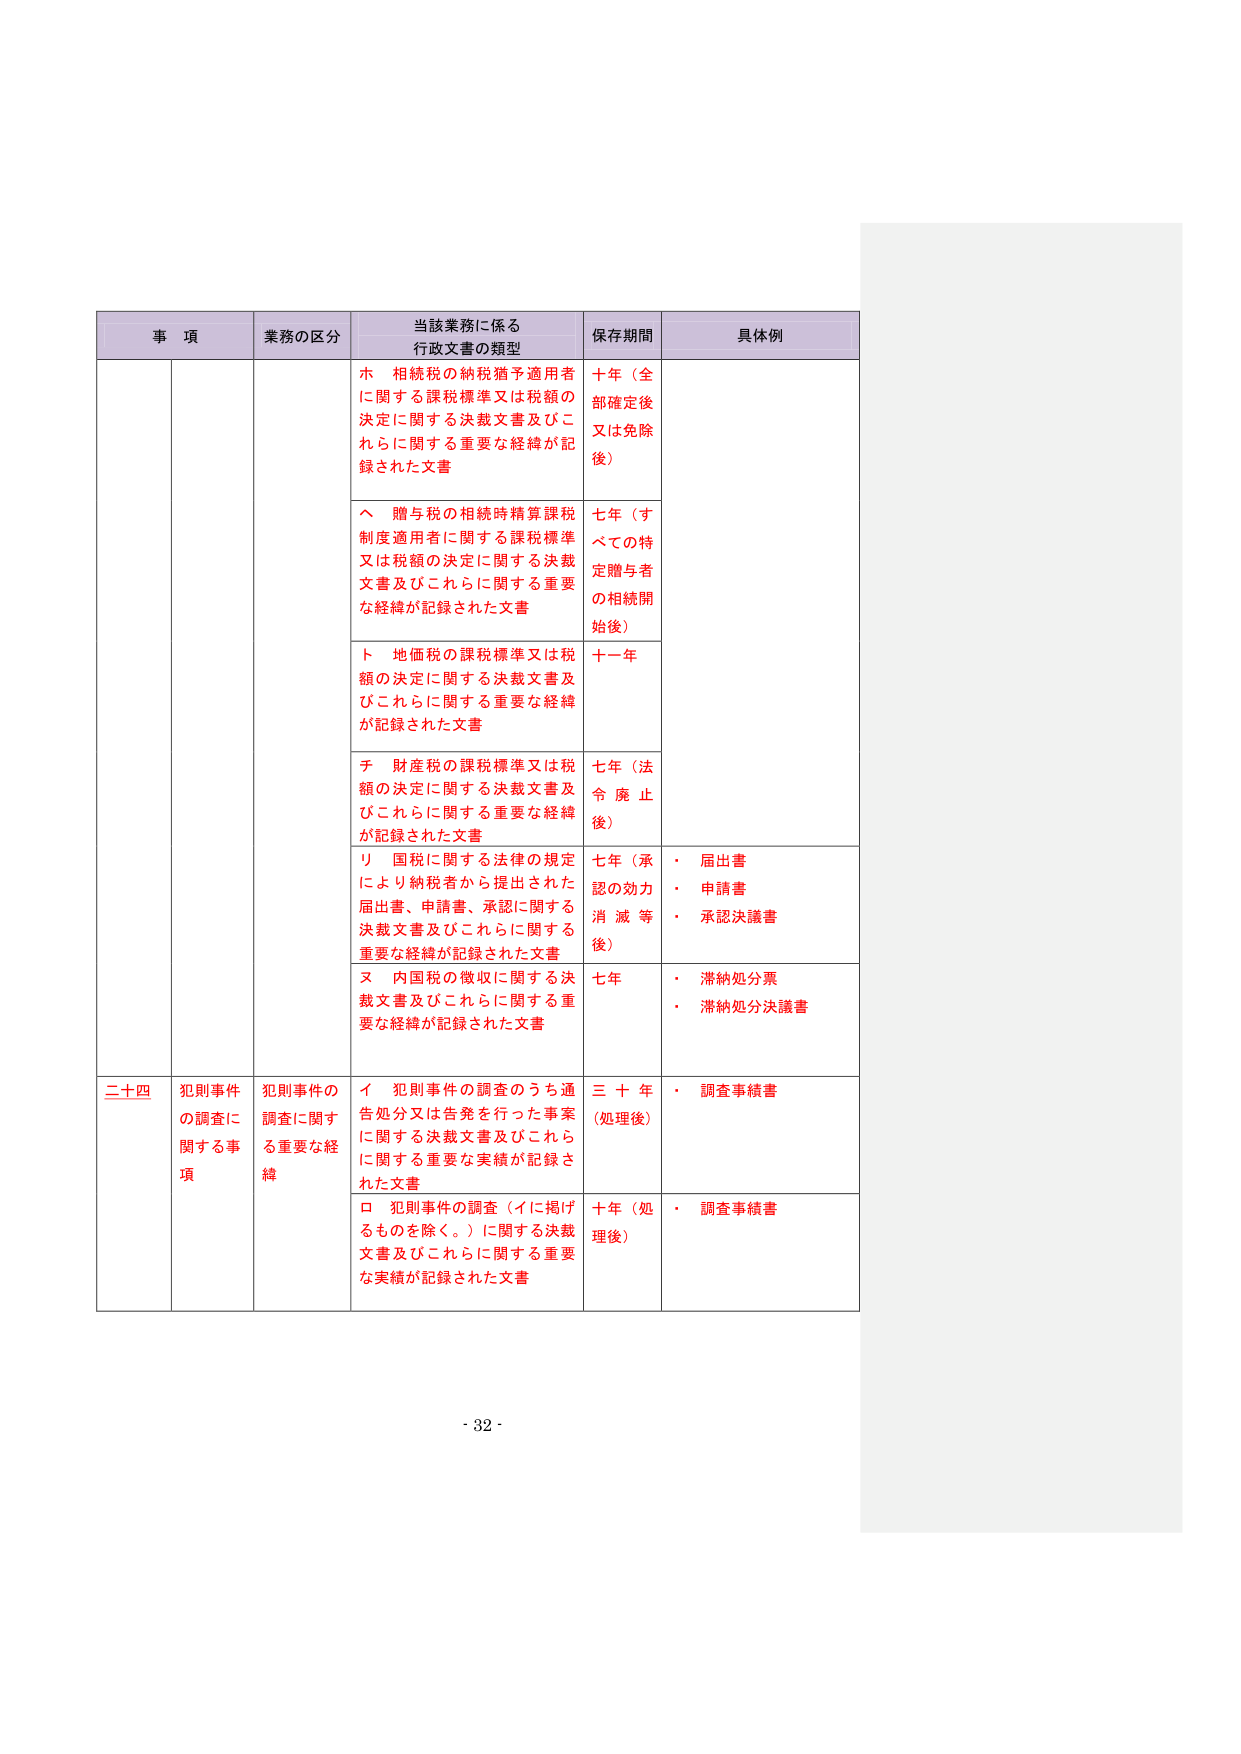
事 項 業務の区分 当該業務に係る 行政文書の類型 保存期間 具体例 ホ 相続税の納税猶予適用者 に関する課税標準又は税額の 決定に関する決裁文書及びこ れらに関する重要な経緯が記 録された文書 十年（全 部確定後 又は免除 後） ヘ 贈与税の相続時精算課税 制度適用者に関する課税標準 又は税額の決定に関する決裁 文書及びこれらに関する重要 な経緯が記録された文書 七年（す べての特 定贈与者 の相続開 始後） ト 地価税の課税標準又は税 額の決定に関する決裁文書及 びこれらに関する重要な経緯 が記録された文書 十一年 チ 財産税の課税標準又は税 額の決定に関する決裁文書及 びこれらに関する重要な経緯 が記録された文書 七年（法 令 廃 止 後） リ 国税に関する法律の規定 により納税者から提出された 届出書、申請書、承認に関する 決裁文書及びこれらに関する 重要な経緯が記録された文書 七年（承 認の効力 消 滅 等 後） ・ 届出書 ・ 申請書 ・ 承認決議書 ヌ 内国税の徴収に関する決 裁文書及びこれらに関する重 要な経緯が記録された文書 七年 ・ 滞納処分票 ・ 滞納処分決議書 二十四 犯則事件 の調査に 関する事 項 犯則事件の 調査に関す る重要な経 緯 イ 犯則事件の調査のうち通 告処分又は告発を行った事案 に関する決裁文書及びこれら に関する重要な実績が記録さ れた文書 三 十 年 （処理後） ・ 調査事績書 ロ 犯則事件の調査（イに掲げ るものを除く。）に関する決裁 文書及びこれらに関する重要 な実績が記録された文書 十年（処 理後） ・ 調査事績書 - 32 -